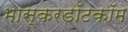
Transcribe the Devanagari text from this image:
भास्करडॉटकॉम